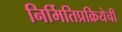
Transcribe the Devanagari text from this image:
निर्मितिप्रक्रियेची